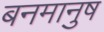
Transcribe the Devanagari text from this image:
बनमानुष